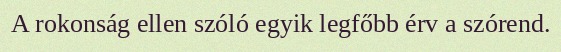
A rokonság ellen szóló egyik legfőbb érv a szórend.